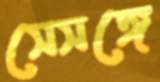
সেসঙ্গে